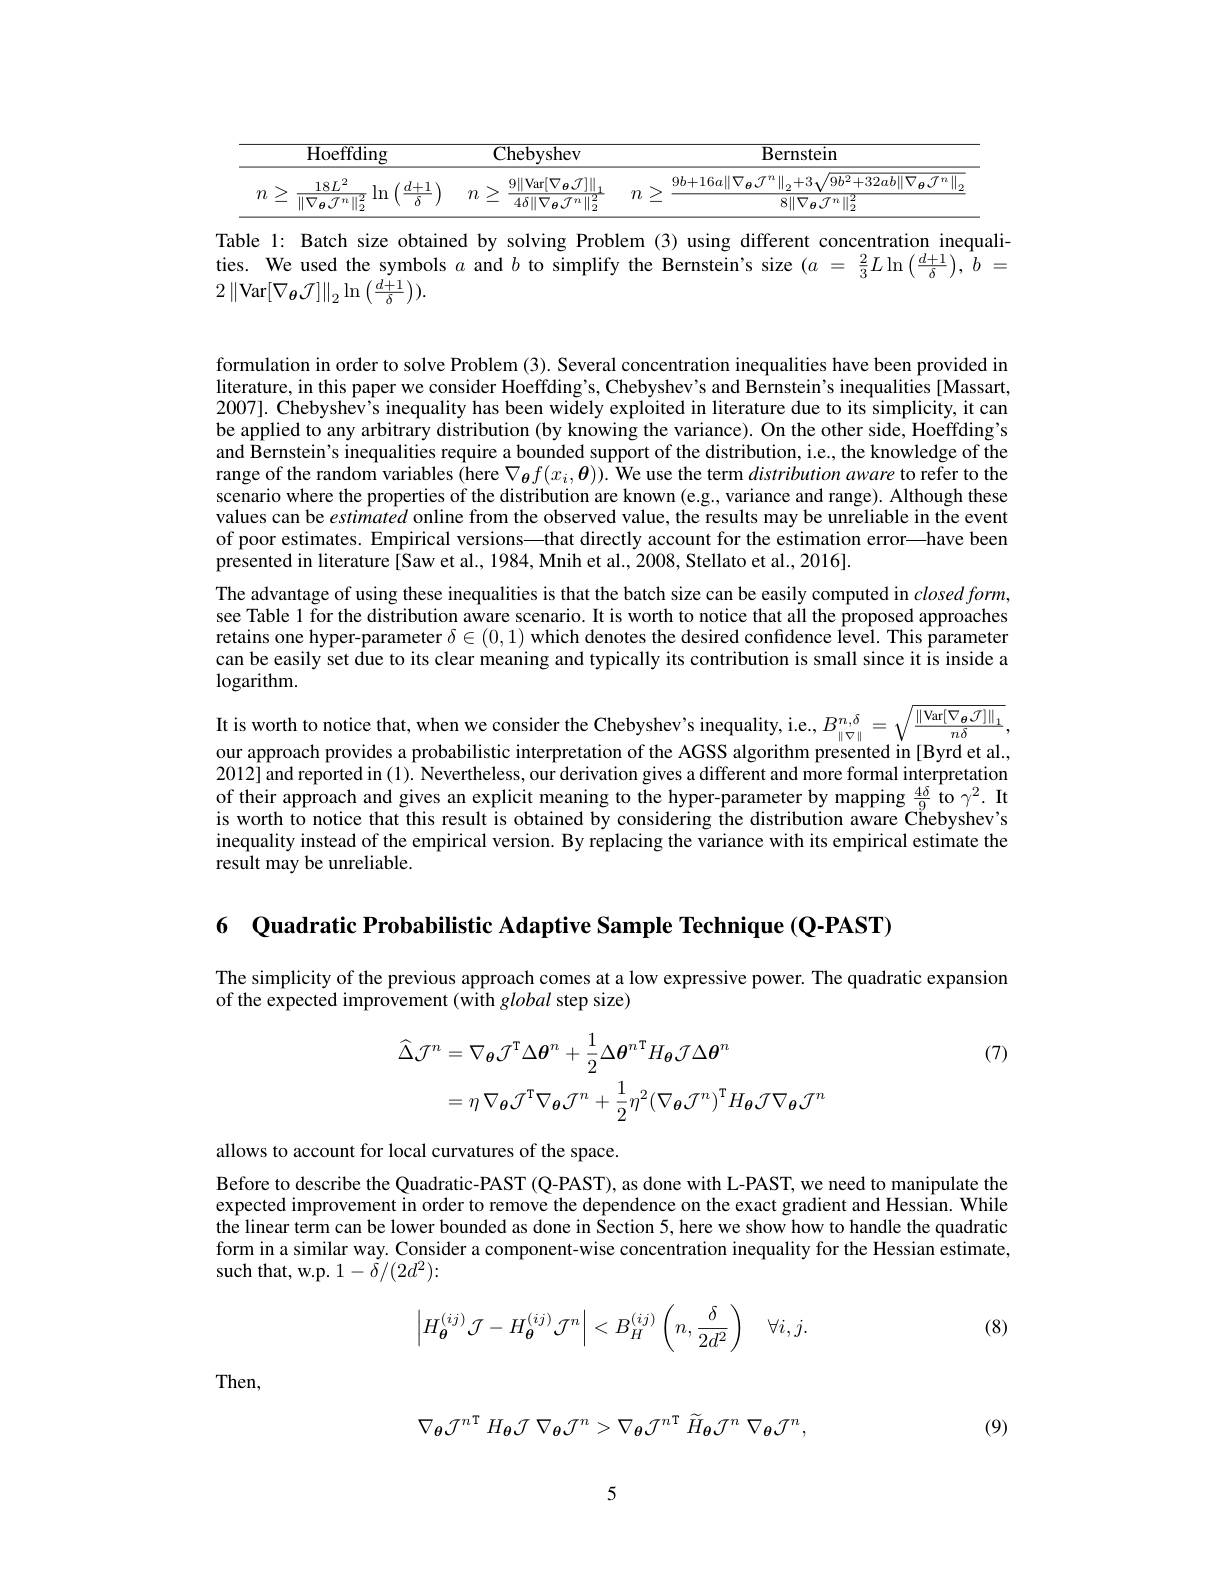
<table>
	<tbody>
		<tr>
			<th> </th>
			<th>$\overline{{\mathrm{Hoeffding}}}$</th>
			<th>Chebyshev</th>
			<th> </th>
			<th>Bernstein</th>
		</tr>
		<tr>
			<td> </td>
			<td>$18L^{2}$ $\left/\:d+1\right)$</td>
			<td>$9\|$Var$[\nabla_{\boldsymbol{\theta}}\mathcal{J}]\|.$</td>
			<td> </td>
			<td>$9b+16a\|\nabla_{\boldsymbol{\theta}}\mathcal{J}^{n}\|_{2}+3\sqrt{}$ ${\overline{9b^{2}+32ab}\|\nabla_{\boldsymbol{\theta}}{\mathcal{J}^{n}}\|}$</td>
		</tr>
		<tr>
			<td>$1\boldsymbol{l}$ $r$ </td>
			<td>$|\nabla_{\boldsymbol{\theta}}\mathcal{T}^{n}\|$ $\therefore$</td>
			<td>$4\delta\|\nabla_{\boldsymbol{\theta}}\mathcal{J}^{n}\|_{2}^{2}$</td>
			<td>$1\boldsymbol{l}$</td>
			<td>$8\|\nabla_{\boldsymbol{\theta}}\mathcal{J}^{n}\|_{2}^{2}$</td>
		</tr>
	</tbody>
</table>

Table 1: Batch size obtained by solving Problem(3) using different concentration inequalities. We used the symbols $a$ and $b$ to simplify the Bernstein's size $( a$ = $\frac 23L\ln \left ( \frac {d+ 1}\delta \right ) $, $b$ = $2\left\|\mathrm{Var}[\nabla_{\boldsymbol{\theta}}\mathcal{J}]\right\|_{2}\ln\left(\frac{d+1}{\delta}\right)).$

formulation in order to solve Problem (3). Several concentration inequalities have been provided in literature, in this paper we consider Hoeffding's, Chebyshev's and Bernstein's inequalities[Massart, 2007]. Chebyshev's inequality has been widely exploited in literature due to its simplicity, it can be applied to any arbitrary distribution (by knowing the variance). On the other side, Hoeffding's and Bernstein's inequalities require a bounded support of the distribution, i.e., the knowledge of the range of the random variables $\hat{(}$here $\nabla_{\boldsymbol{\theta}}f(x_i,\boldsymbol{\theta})).\hat{\text{Weuse the term}}distribution$ aware to refer to the scenario where the properties of the distribution are known (e.g., variance and range). Although these values can be estimated online from the observed value, the results may be unreliable in the event of poor estimates. Empirical versions—that directly account for the estimation error—have been presented in literature [Saw et al., 1984, Mnih et al., 2008, Stellato et al., 2016].
The advantage of using these inequalities is that the batch size can be easily computed in $closed\textit{form, }$ see Table 1 for the distribution aware scenario. It is worth to notice that all the proposed approaches retains one hyper-parameter $\delta\in(0,1)$ which denotes the desired confidence level. This parameter can be easily set due to its clear meaning and typically its contribution is small since it is inside a $\log$arithm.

It is worth to notice that, when we consider the Chebyshev's inequality, i.e., $B_\|\nabla\|=\sqrt{\frac{\|\mathrm{Var}[\nabla_{\boldsymbol{\theta}}\mathcal{J}]\|_{1}}{n\delta}}$, our approach provides a probabilistic interpretation of the AGSS algorithm presented in [Byrd et al., 2012] and reported in (1). Nevertheless, our derivation gives a different and more formal interpretation of their approach and gives an explicit meaning to the hyper-parameter by mapping $\frac{4\delta}{9}$ to $\gamma^2.$ It is worth to notice that this result is obtained by considering the distribution aware Chebyshev's inequality instead of the empirical version. By replacing the variance with its empirical estimate the result may be unreliable.

6 Quadratic Probabilistic Adaptive Sample Technique (Q-PAST)

The simplicity of the previous approach comes at a low expressive power. The quadratic expansion
of the expected improvement (with global step size)

(7)
$$\begin{aligned}\widehat{\Delta}\mathcal{J}^{n}&=\nabla_{\boldsymbol{\theta}}\mathcal{J}^{\mathrm{T}}\Delta\boldsymbol{\theta}^{n}+\frac{1}{2}\Delta\boldsymbol{\theta}^{n\mathrm{T}}H_{\boldsymbol{\theta}}\mathcal{J}\Delta\boldsymbol{\theta}^{n}\\&=\eta\:\nabla_{\boldsymbol{\theta}}\mathcal{J}^{\mathrm{T}}\nabla_{\boldsymbol{\theta}}\mathcal{J}^{n}+\frac{1}{2}\eta^{2}(\nabla_{\boldsymbol{\theta}}\mathcal{J}^{n})^{\mathrm{T}}H_{\boldsymbol{\theta}}\mathcal{J}\nabla_{\boldsymbol{\theta}}\mathcal{J}^{n}\end{aligned}$$
allows to account for local curvatures of the space.
Before to describe the Quadratic-PAST (Q-PAST), as done with L-PAST, we need to manipulate the expected improvement in order to remove the dependence on the exact gradient and Hessian. While the linear term can be lower bounded as done in Section 5, here we show how to handle the quadratic form in a similar way. Consider a component-wise concentration inequality for the Hessian estimate, such that, w.p. $1-\tilde{\delta}/(2d^{2})\colon$
$$\left|H_{\boldsymbol{\theta}}^{(ij)}\mathcal{J}-H_{\boldsymbol{\theta}}^{(ij)}\mathcal{J}^{n}\right|<B_{H}^{(ij)}\left(n,\frac{\delta}{2d^{2}}\right)\quad\forall i,j.$$
(8)

Then,
$$\nabla_{\boldsymbol{\theta}}\mathcal{J}^{n\mathrm{T}}\:H_{\boldsymbol{\theta}}\mathcal{J}\:\nabla_{\boldsymbol{\theta}}\mathcal{J}^{n}>\nabla_{\boldsymbol{\theta}}\mathcal{J}^{n\mathrm{T}}\:\widetilde{H}_{\boldsymbol{\theta}}\mathcal{J}^{n}\:\nabla_{\boldsymbol{\theta}}\mathcal{J}^{n},$$
(9)

5